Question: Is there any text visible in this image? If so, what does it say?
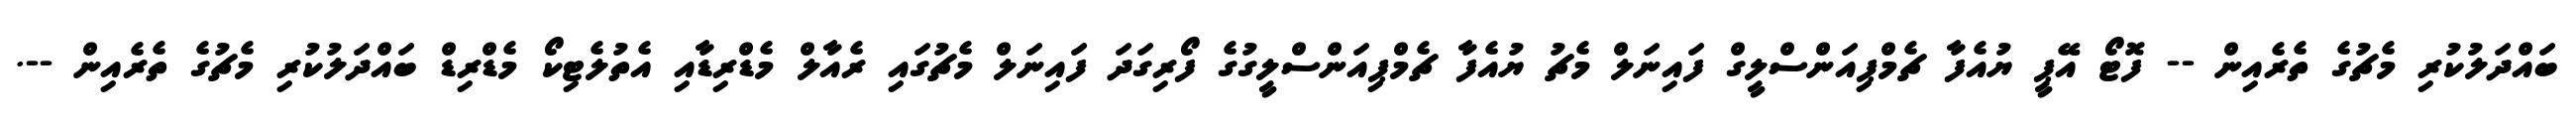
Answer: ބައްދަލުކުރި މެޗުގެ ތެރެއިން -- ފޮޓޯ އޭޕީ ޔުއެފާ ޗެމްޕިއަންސްލީގް ފައިނަލް މެޗު ޔުއެފާ ޗެމްޕިއަންސްލީގުގެ ފޯރިގަދަ ފައިނަލް މެޗުގައި ރެއާލް މެޑްރިޑާއި އެތުލެޓިކޯ މެޑްރިޑް ބައްދަލުކުރި މެޗުގެ ތެރެއިން --.